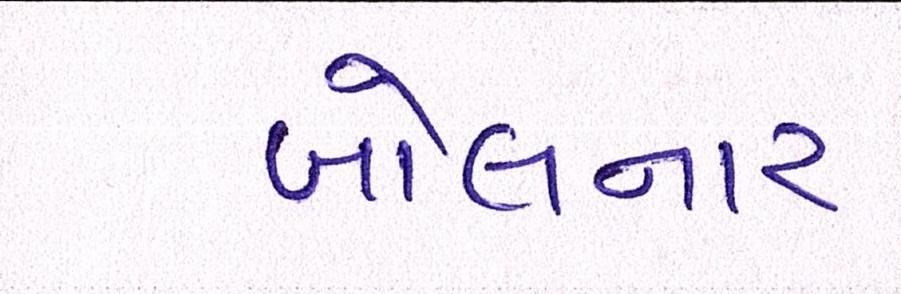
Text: બોલનાર